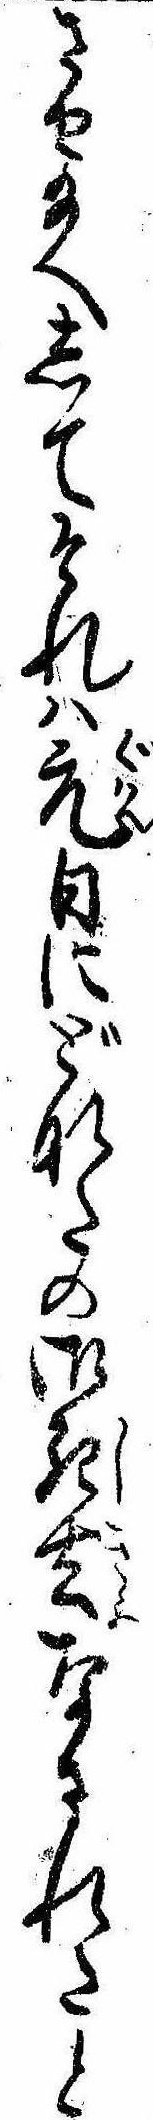
させ給へしてそれは元日にどなたの御死去なされたと